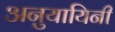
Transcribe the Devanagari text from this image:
अनुयायिनी